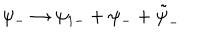
LaTeX: \psi _ { - } \rightarrow \psi _ { 1 - } + \psi _ { - } + \tilde { \psi } _ { - }